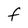
Character: F